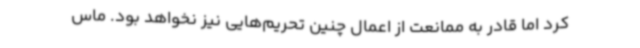
کرد اما قادر به ممانعت از اعمال چنین تحریم‌هایی نیز نخواهد بود. ماس